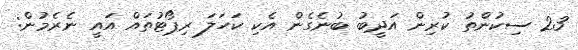
23 ސިކުންތު ކުރިން އަދީބު ބުނެގެން އެކި ކަހަލަ ރިޕޯޓުތައް އައީ ނެރެމުން: